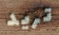
تريد